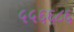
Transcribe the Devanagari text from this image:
५५६६८६